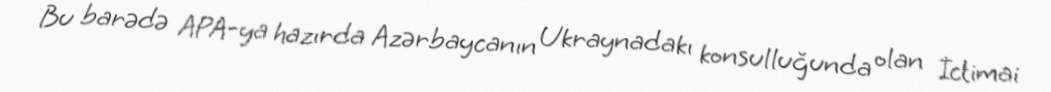
Bu barədə APA-ya hazırda Azərbaycanın Ukraynadakı konsulluğunda olan İctimai